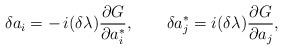
LaTeX: \begin{align*}\delta a_i = -\,{i}(\delta\lambda){\partial G\over\partial a_i^*},\qquad \delta a_j^* = {i}(\delta\lambda){\partial G\over\partial a_j},\end{align*}